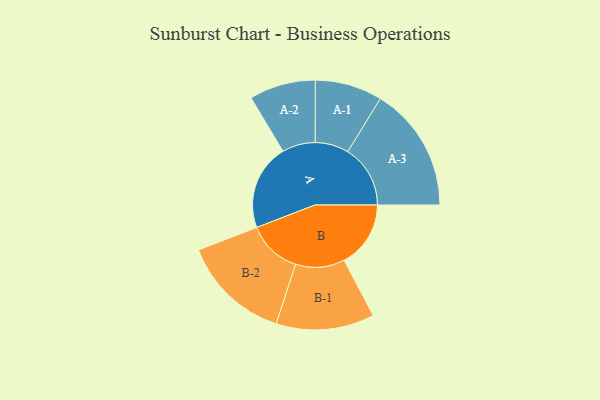
{"axis": {"x": "Segment", "y": "Value"}, "legend": ["", "A", "B"], "data": [{"x": "A", "y": 409, "type": ""}, {"x": "B", "y": 317, "type": ""}, {"x": "A-1", "y": 160, "type": "A"}, {"x": "A-2", "y": 158, "type": "A"}, {"x": "A-3", "y": 298, "type": "A"}, {"x": "B-1", "y": 234, "type": "B"}, {"x": "B-2", "y": 259, "type": "B"}]}